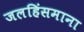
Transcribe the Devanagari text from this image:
जलहिंसमाना